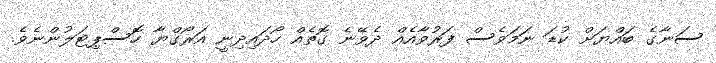
ސަނާގެ ބައްޔަށް ކުޑަ ނަމަވެސް ފަރުވާއެއް ދެވޭނެ ގޮތެއް ހޯދައިދިނީ އަރޯގްޔާ ހޮސްޕިޓަލުންނެވެ.